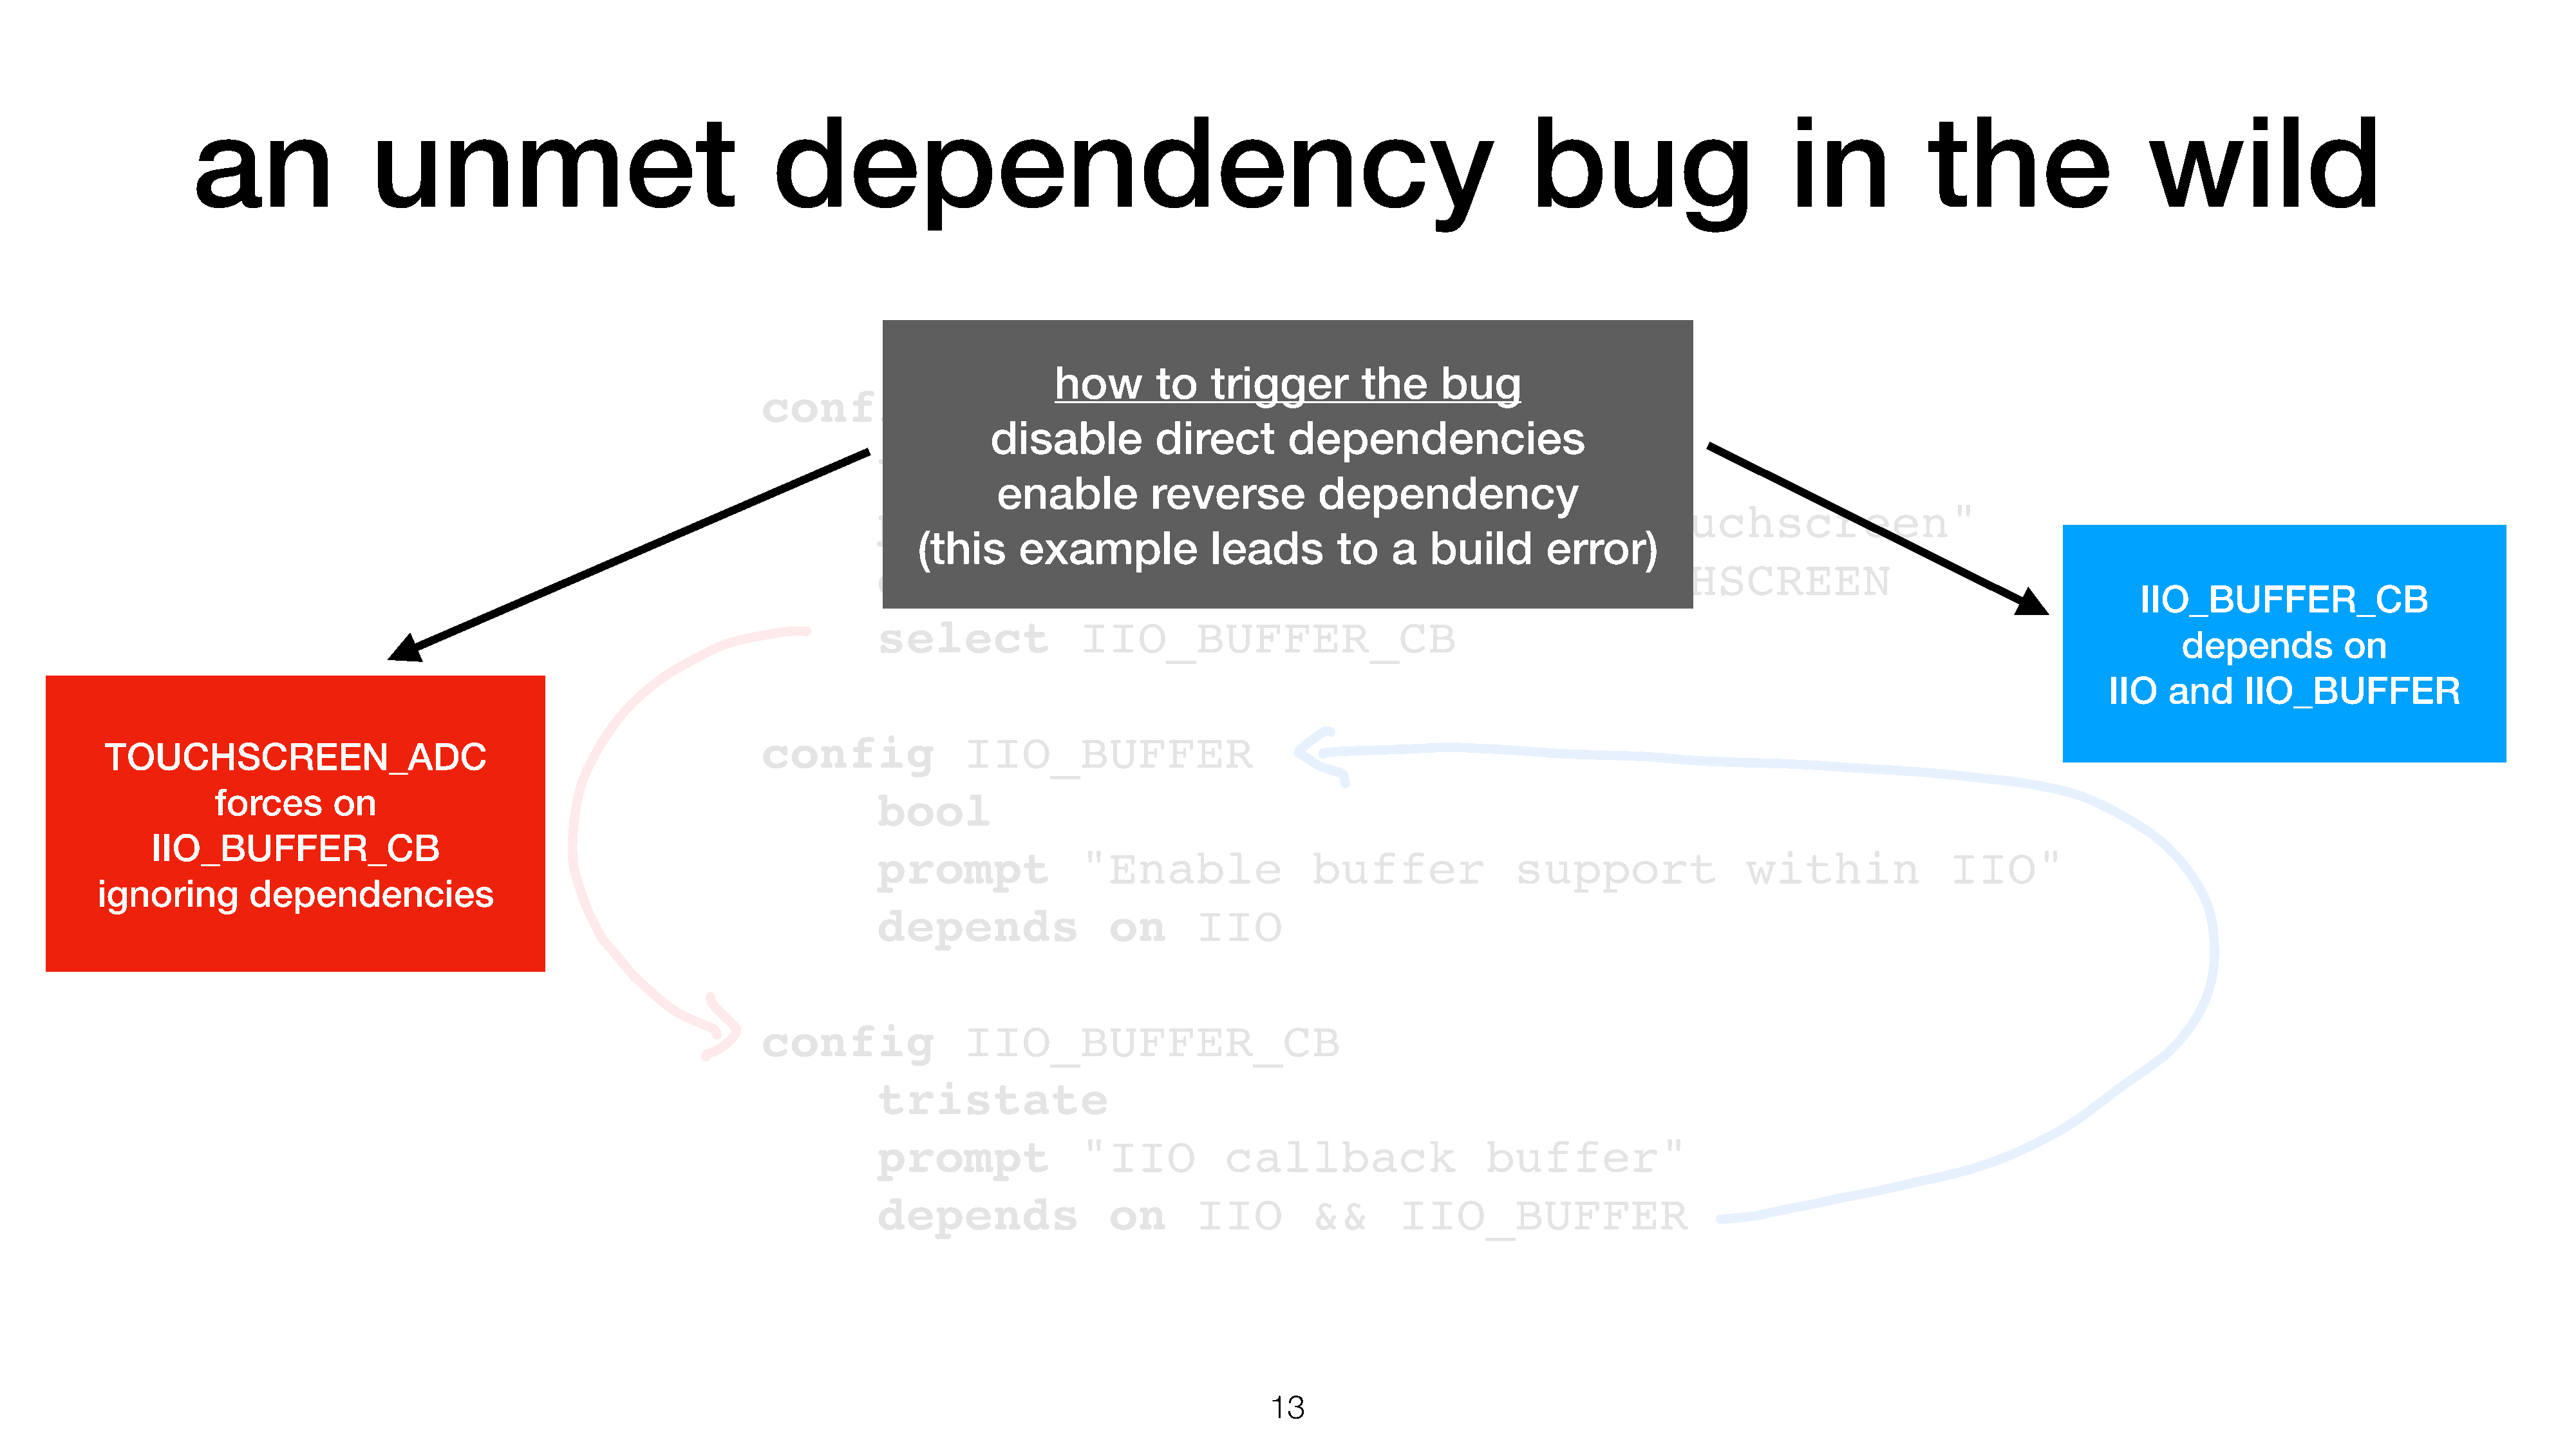
an                unmet                                    dependency                                                                    bug                        in            the                    wild
 how        to   trigger         the     bug
 config               TOUCHSCREEN_ADC
 disable          direct       dependencies
 tristate
 enable          reverse           dependency
 prompt               "Generic                   ADC         based             touchscreen"
 (this      example            leads        to    a   build       error)
 depends                 on       IIO         &&       INPUT_TOUCHSCREEN
 IIO_BUFFER_CB
 select               IIO_BUFFER_CB
 depends          on
 IIO   and     IIO_BUFFER
 config               IIO_BUFFER
 TOUCHSCREEN_ADC
 forces      on                                                      bool
 IIO_BUFFER_CB
 prompt               "Enable                 buffer               support                 within              IIO"
 ignoring        dependencies
 depends                 on       IIO
 config               IIO_BUFFER_CB
 tristate
 prompt               "IIO           callback                   buffer"
 depends                 on       IIO         &&       IIO_BUFFER
 13